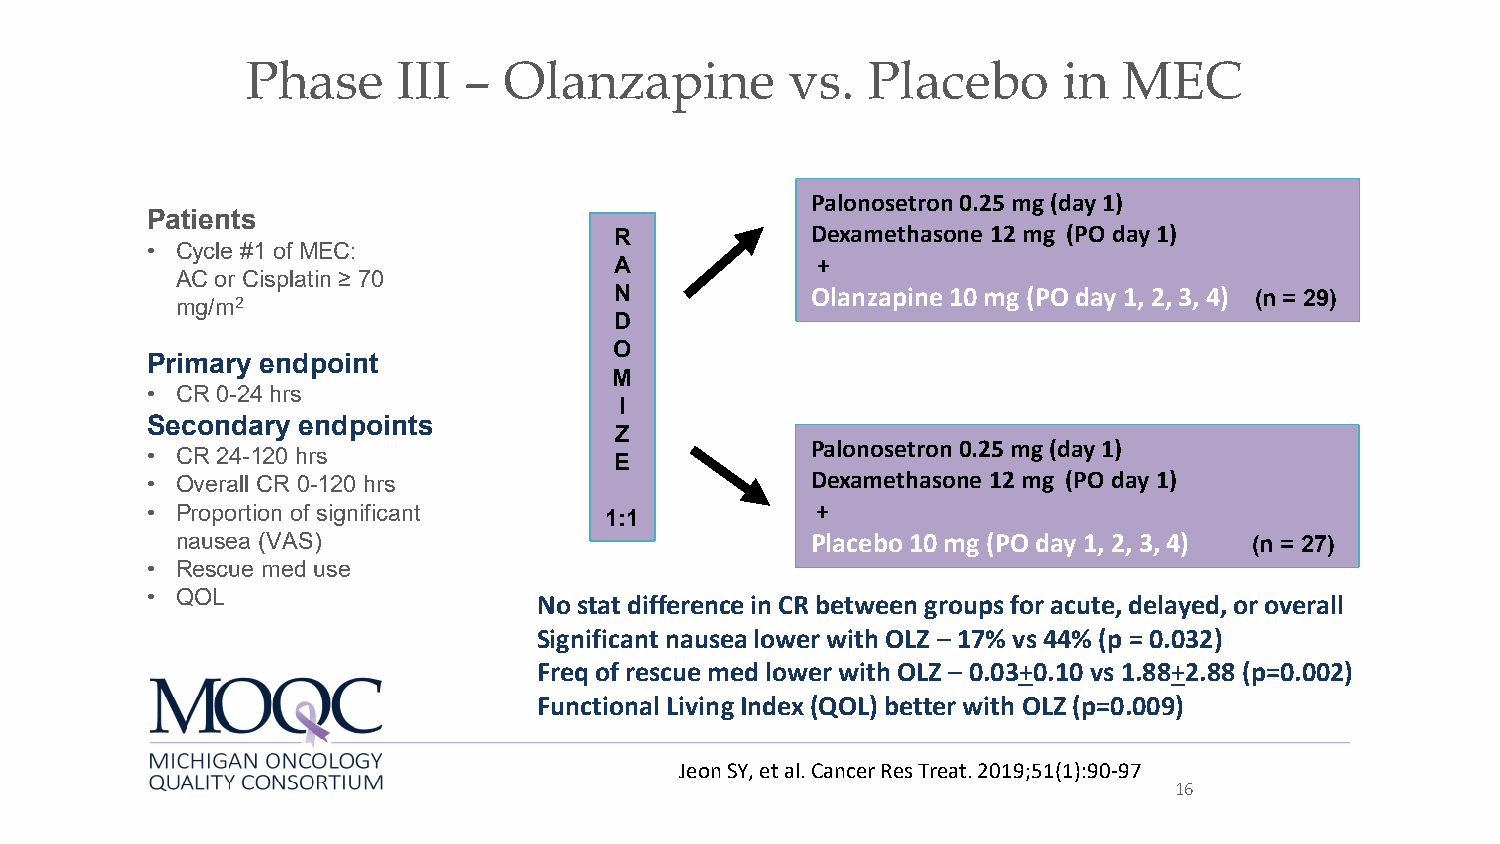
Phase     III  – Olanzapine         vs.  Placebo      in  MEC
 Palonosetron0.25 mg (day 1)
 Patients
 R            Dexamethasone 12 mg (PO day 1)
 • Cycle #1 of MEC:
 A            +
 AC or Cisplatin ≥ 70
 mg/m2                        N            Olanzapine 10 mg (PO day 1, 2, 3, 4) (n = 29)
 D
 O
 Primary endpoint
 M
 • CR 0-24 hrs
 I
 Secondary endpoints
 Z
 Palonosetron0.25 mg (day 1)
 • CR 24-120 hrs
 E
 • Overall CR 0-120 hrs                      Dexamethasone 12 mg (PO day 1)
 • Proportion of significant                 +
 1:1
 nausea (VAS)                              Placebo 10 mg (PO day 1, 2, 3, 4) (n = 27)
 • Rescue med use
 • QOL                     No stat difference in CR between groups for acute, delayed, or overall
 Significant nausea lower with OLZ – 17% vs 44% (p = 0.032)
 Freqof rescue med lower with OLZ – 0.03+0.10 vs 1.88+2.88 (p=0.002)
 Functional Living Index (QOL) better with OLZ (p=0.009)
 Jeon SY, et al. Cancer Res Treat. 2019;51(1):90-97
 16